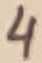
Text: 4